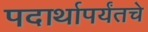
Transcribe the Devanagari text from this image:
पदार्थापर्यंतचे